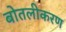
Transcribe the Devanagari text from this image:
बोतलीकरण